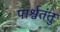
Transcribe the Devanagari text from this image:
पार्श्वतंतु